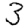
Digit: 3